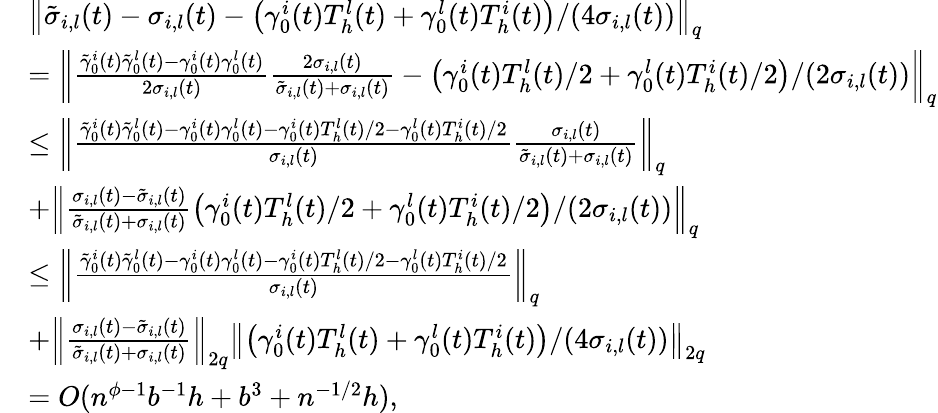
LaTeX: \begin{array}{rl}&{\left\| \tilde{\sigma}_{i,l}(t)-\sigma_{i,l}(t)-\left(\gamma_{0}^{i}(t)T_{h}^{l}(t)+\gamma_{0}^{l}(t)T_{h}^{i}(t)\right)/(4\sigma_{i,l}(t))\right\| _{q}}\\ &{=\left\| \frac{\tilde{\gamma}_{0}^{i}(t)\tilde{\gamma}_{0}^{l}(t)-\gamma_{0}^{i}(t)\gamma_{0}^{l}(t)}{2\sigma_{i,l}(t)}\frac{2\sigma_{i,l}(t)}{\tilde{\sigma}_{i,l}(t)+\sigma_{i,l}(t)}-\left(\gamma_{0}^{i}(t)T_{h}^{l}(t)/2+\gamma_{0}^{l}(t)T_{h}^{i}(t)/2\right)/(2\sigma_{i,l}(t))\right\| _{q}}\\ &{\leq\left\| \frac{\tilde{\gamma}_{0}^{i}(t)\tilde{\gamma}_{0}^{l}(t)-\gamma_{0}^{i}(t)\gamma_{0}^{l}(t)-\gamma_{0}^{i}(t)T_{h}^{l}(t)/2-\gamma_{0}^{l}(t)T_{h}^{i}(t)/2}{\sigma_{i,l}(t)}\frac{\sigma_{i,l}(t)}{\tilde{\sigma}_{i,l}(t)+\sigma_{i,l}(t)}\right\| _{q}}\\ &{+\left\| \frac{\sigma_{i,l}(t)-\tilde{\sigma}_{i,l}(t)}{\tilde{\sigma}_{i,l}(t)+\sigma_{i,l}(t)}\left(\gamma_{0}^{i}(t)T_{h}^{l}(t)/2+\gamma_{0}^{l}(t)T_{h}^{i}(t)/2\right)/(2\sigma_{i,l}(t))\right\| _{q}}\\ &{\leq\left\| \frac{\tilde{\gamma}_{0}^{i}(t)\tilde{\gamma}_{0}^{l}(t)-\gamma_{0}^{i}(t)\gamma_{0}^{l}(t)-\gamma_{0}^{i}(t)T_{h}^{l}(t)/2-\gamma_{0}^{l}(t)T_{h}^{i}(t)/2}{\sigma_{i,l}(t)}\right\| _{q}}\\ &{+\left\| \frac{\sigma_{i,l}(t)-\tilde{\sigma}_{i,l}(t)}{\tilde{\sigma}_{i,l}(t)+\sigma_{i,l}(t)}\right\| _{2q}\left\| \left(\gamma_{0}^{i}(t)T_{h}^{l}(t)+\gamma_{0}^{l}(t)T_{h}^{i}(t)\right)/(4\sigma_{i,l}(t))\right\| _{2q}}\\ &{=O(n^{\phi-1}b^{-1}h+b^{3}+n^{-1/2}h),}\end{array}